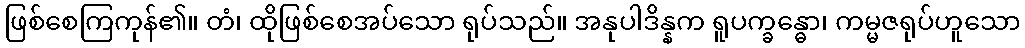
ဖြစ်စေကြကုန်၏။ တံ၊ ထိုဖြစ်စေအပ်သော ရုပ်သည်။ အနုပါဒိန္နက ရူပက္ခန္ဓော၊ ကမ္မဇရုပ်ဟူသော